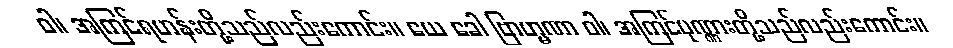
ဝါ၊ အကြင်ရဟန်းတို့သည်လည်းကောင်း။ ယေ ခေါ ဗြာဟ္မဏာ ဝါ၊ အကြင်ပုဏ္ဏားတို့သည်လည်းကောင်း။